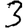
Digit: 3